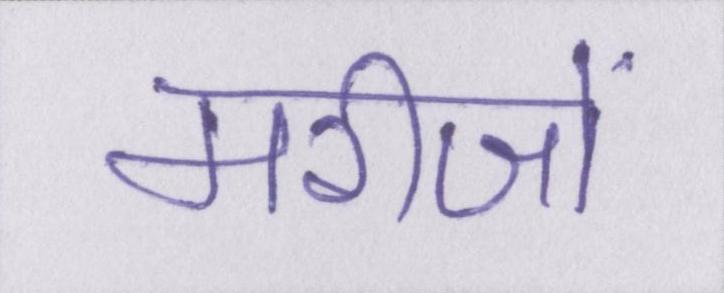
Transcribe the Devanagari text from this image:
मरीजों